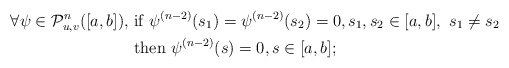
\begin{align*}\forall \psi\in {\cal P}^n_{u,v}([a,b]),\,\,&\hbox{if}\,\, \psi^{(n-2)}(s_1)=\psi^{(n-2)}(s_2)=0, s_1,s_2\in[a,b],\,\, s_1\ne s_2\\ &\hbox{then}\,\, \psi^{(n-2)}(s)=0, s\in[a,b]; \end{align*}